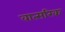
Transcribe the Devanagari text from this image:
वात्सरिक